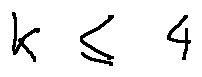
k \leq 4